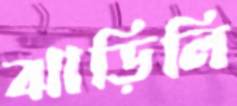
ঝাড়িলি